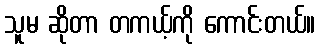
သူမ ဆိုတာ တကယ့်ကို ကောင်းတယ်။